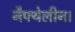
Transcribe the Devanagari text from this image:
नैफ्थेलीन।